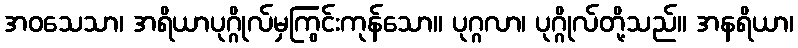
အဝသေသာ၊ အရိယာပုဂ္ဂိုလ်မှကြွင်းကုန်သော။ ပုဂ္ဂလာ၊ ပုဂ္ဂိုလ်တို့သည်။ အနရိယာ၊